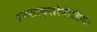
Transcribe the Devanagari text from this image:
इनसाक्लोपीडिया